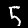
Digit: 5